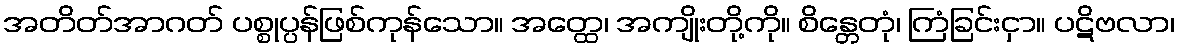
အတိတ်အာဂတ် ပစ္စုပ္ပန်ဖြစ်ကုန်သော။ အတ္ထေ၊ အကျိုးတို့ကို။ စိန္တေတုံ၊ ကြံခြင်းငှာ။ ပဋိဗလာ၊